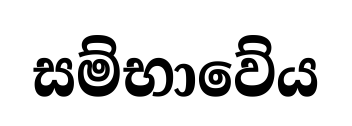
සම්භාවේය